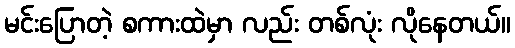
မင်းပြောတဲ့ စကားထဲမှာ လည်း တစ်လုံး လိုနေတယ်။